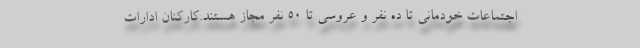
اجتماعات خودمانی تا ده نفر و عروسی تا ۵۰ نفر مجاز هستند.کارکنان ادارات